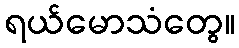
ရယ်မောသံတွေ။